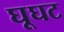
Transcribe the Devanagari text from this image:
घूघट